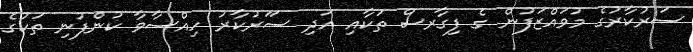
ސަރުކާރުގެ މުވައްޒަފުން ގެ ފިގާރސް ތަކާއި އަދި ސަަރުކާރު ހިއްސާވާ ކުންފުނި ތަކުގެ